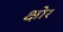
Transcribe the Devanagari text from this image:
क्षोर